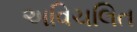
અવિચલિત